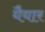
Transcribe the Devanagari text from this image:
यैयार